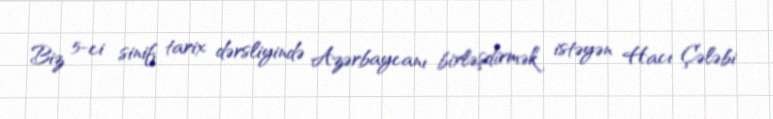
Biz 5-ci sinif tarix dərsliyində Azərbaycanı birləşdirmək istəyən Hacı Çələbi